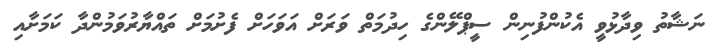
ނަޝާތު ވިދާޅުވީ އެކުންފުނިން ސީޕްލޭންގެ ހިދުމަތް ވަރަށް އަވަަހަށް ފެށުމަށް ތައްޔާރުވަމުންދާ ކަމަށާއި